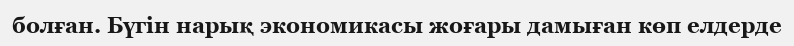
болған. Бүгін нарық экономикасы жоғары дамыған көп елдерде